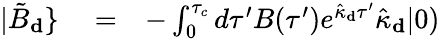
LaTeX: \begin{array}{rlr}{|\tilde{B}_{\mathbf d}\} }&{{}=}&{-\int_{0}^{\tau_{c}}d\tau^{\prime}B(\tau^{\prime})e^{\hat{\kappa}_{\mathbf d}\tau^{\prime}}\hat{\kappa}_{\mathbf d}|0)}\end{array}